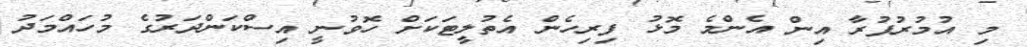
މި އުމުރުފުރާ އިން އެންމެ މޮޅު ފިރިހެން އެތުލީޓަކަށް ހޮވުނީ އިސްކަންދަރުގެ މުހައްމަދު